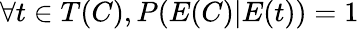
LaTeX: \forall t\in T(C),P(E(C)|E(t))=1